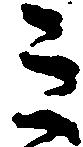
ミ